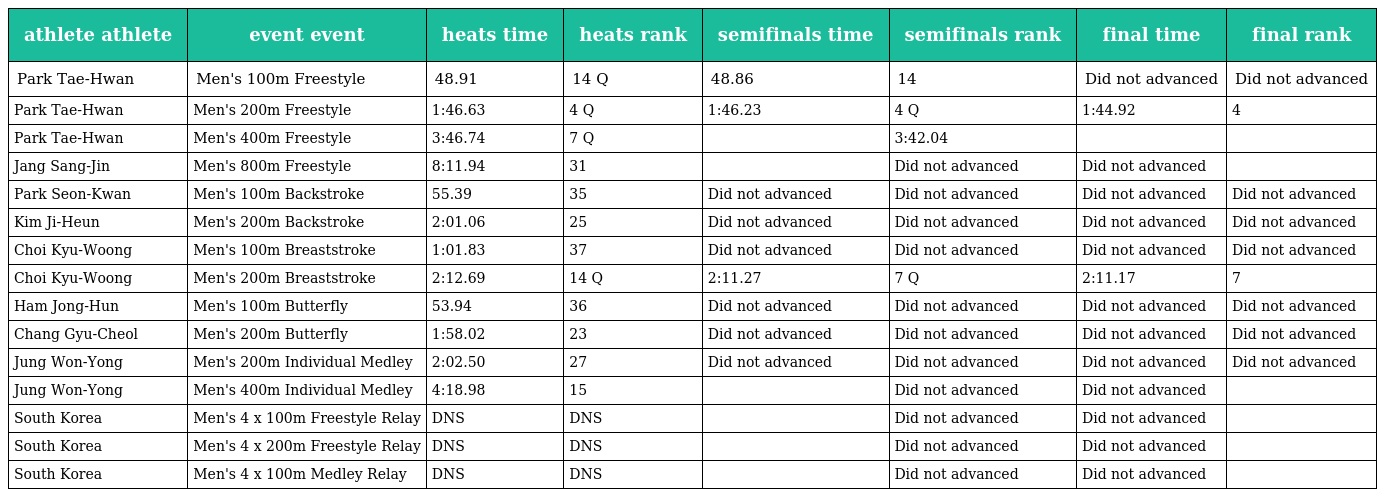
| athlete athlete | event event | heats time | heats rank | semifinals time | semifinals rank | final time | final rank |
 | --- | --- | --- | --- | --- | --- | --- | --- |
 | Park Tae-Hwan | Men's 100m Freestyle | 48.91 | 14 Q | 48.86 | 14 | Did not advanced | Did not advanced |
 | Park Tae-Hwan | Men's 200m Freestyle | 1:46.63 | 4 Q | 1:46.23 | 4 Q | 1:44.92 | 4 |
 | Park Tae-Hwan | Men's 400m Freestyle | 3:46.74 | 7 Q |  | 3:42.04 |  |  |
 | Jang Sang-Jin | Men's 800m Freestyle | 8:11.94 | 31 |  | Did not advanced | Did not advanced |  |
 | Park Seon-Kwan | Men's 100m Backstroke | 55.39 | 35 | Did not advanced | Did not advanced | Did not advanced | Did not advanced |
 | Kim Ji-Heun | Men's 200m Backstroke | 2:01.06 | 25 | Did not advanced | Did not advanced | Did not advanced | Did not advanced |
 | Choi Kyu-Woong | Men's 100m Breaststroke | 1:01.83 | 37 | Did not advanced | Did not advanced | Did not advanced | Did not advanced |
 | Choi Kyu-Woong | Men's 200m Breaststroke | 2:12.69 | 14 Q | 2:11.27 | 7 Q | 2:11.17 | 7 |
 | Ham Jong-Hun | Men's 100m Butterfly | 53.94 | 36 | Did not advanced | Did not advanced | Did not advanced | Did not advanced |
 | Chang Gyu-Cheol | Men's 200m Butterfly | 1:58.02 | 23 | Did not advanced | Did not advanced | Did not advanced | Did not advanced |
 | Jung Won-Yong | Men's 200m Individual Medley | 2:02.50 | 27 | Did not advanced | Did not advanced | Did not advanced | Did not advanced |
 | Jung Won-Yong | Men's 400m Individual Medley | 4:18.98 | 15 |  | Did not advanced | Did not advanced |  |
 | South Korea | Men's 4 x 100m Freestyle Relay | DNS | DNS |  | Did not advanced | Did not advanced |  |
 | South Korea | Men's 4 x 200m Freestyle Relay | DNS | DNS |  | Did not advanced | Did not advanced |  |
 | South Korea | Men's 4 x 100m Medley Relay | DNS | DNS |  | Did not advanced | Did not advanced |  |